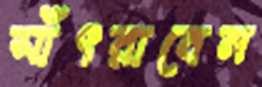
সাঁৎরাবেন